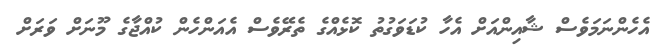
އެހެންނަމަވެސް ޝާއިންއަށް އެހާ ކުޑަވަގުތު ކޮޅެއްގެ ތެރޭވެސް އެއަންހެން ކުއްޖާގެ މޫނަށް ވަރަށް